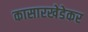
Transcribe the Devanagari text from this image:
कासारखेडेकर